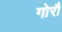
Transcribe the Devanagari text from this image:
गोरौ